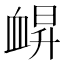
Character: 𧖿